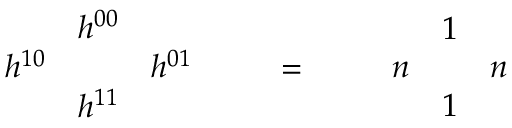
\begin{array} { c c c } { { } } & { { h ^ { 0 0 } } } & { { } } \\ { { h ^ { 1 0 } } } & { { } } & { { h ^ { 0 1 } } } \\ { { } } & { { h ^ { 1 1 } } } & { { } } \end{array} \qquad = \qquad \begin{array} { c c c } { { } } & { { 1 } } & { { } } \\ { { n } } & { { } } & { { n } } \\ { { } } & { { 1 } } & { { } } \end{array}